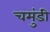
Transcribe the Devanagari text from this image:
चमुंडी